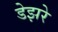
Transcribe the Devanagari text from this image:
डेझरे